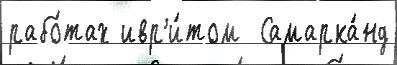
рабо́тах ивр'и́том  Самарка́нд